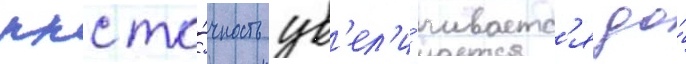
ккс то́чность ув'ел'и́чиваетс'я до́